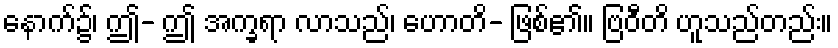
နောက်၌၊ ဤ- ဤ အက္ခရာ လာသည်၊ ဟောတိ- ဖြစ်၏။ ဗြဝီတိ ဟူသည်တည်း။